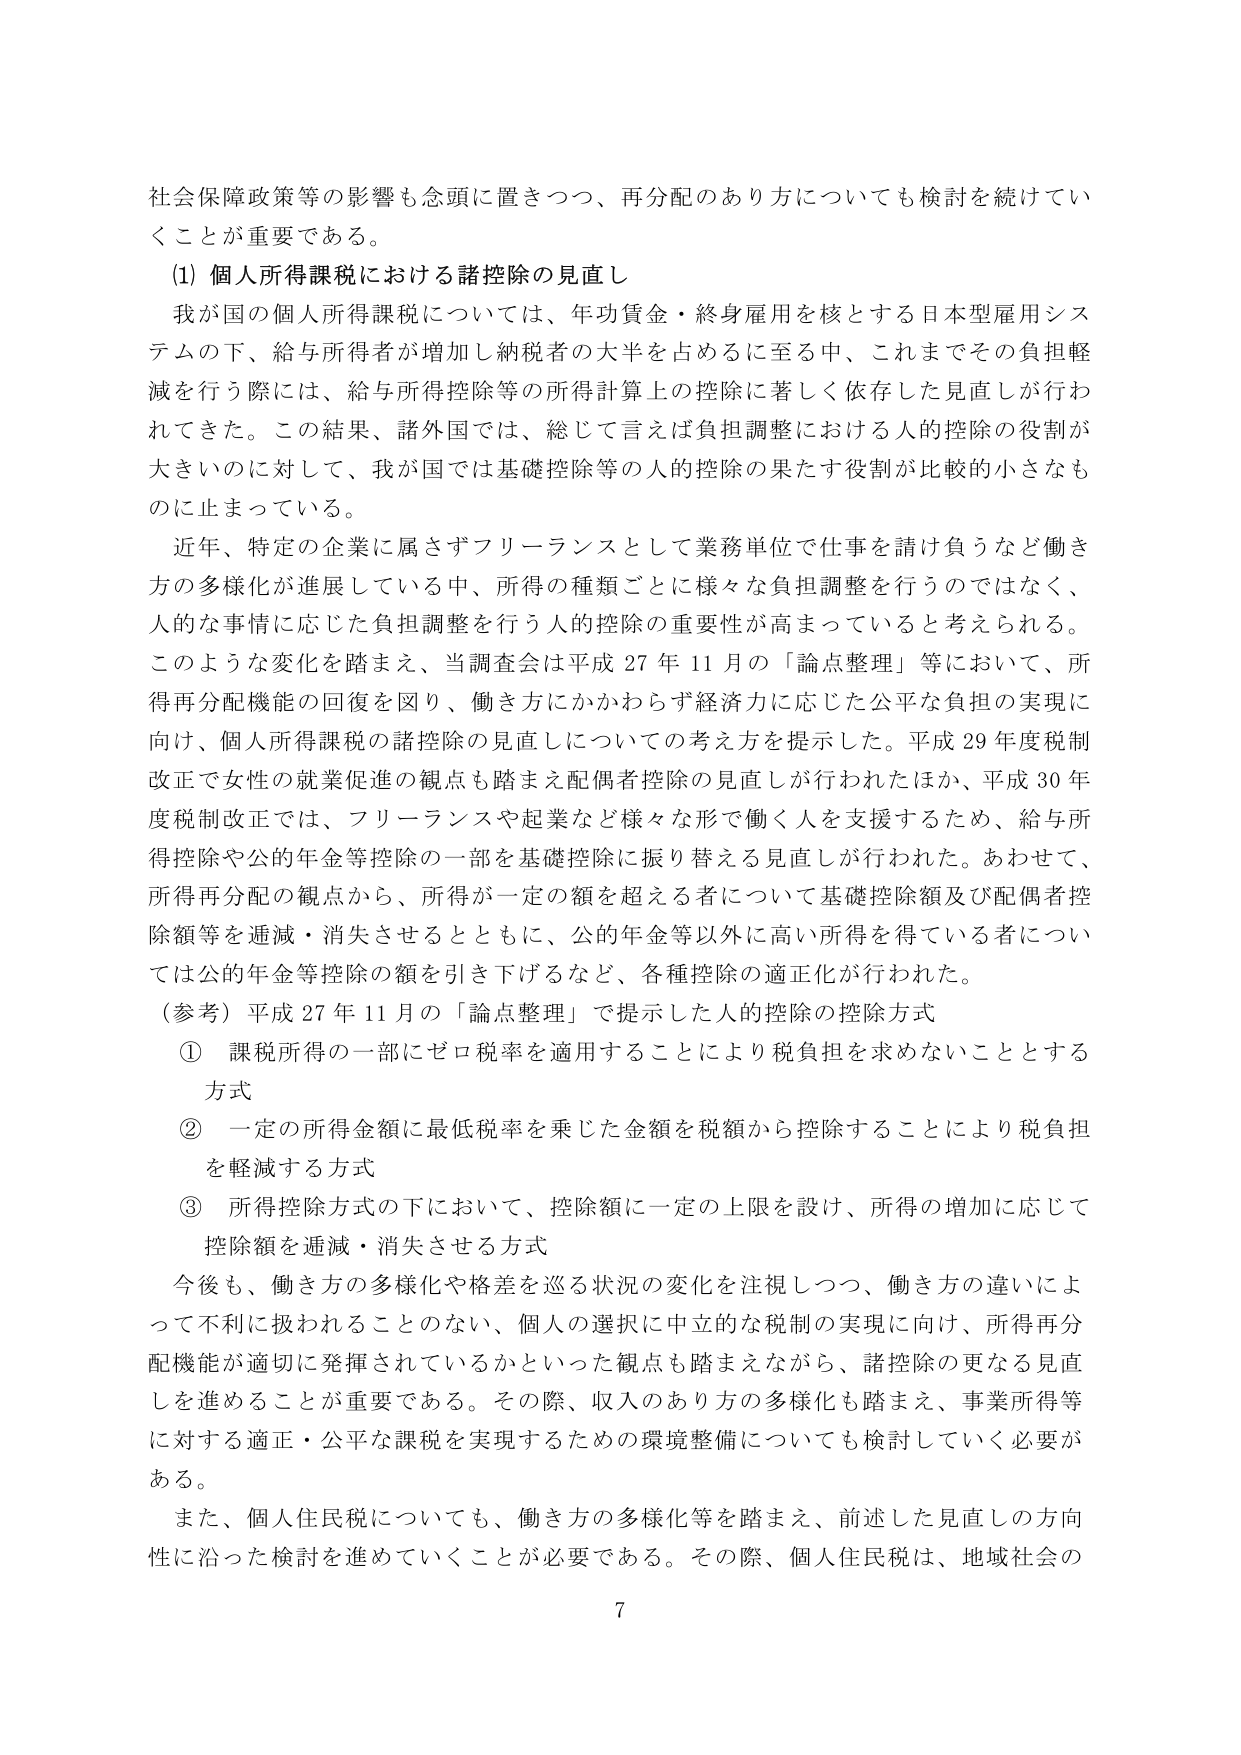
社会保障政策等の影響も念頭に置きつつ、再分配のあり方についても検討を続けていくことが重要である。

(1) 個人所得課税における諸控除の見直し

我が国の個人所得課税については、年功賃金・終身雇用を核とする日本型雇用システムの下、給与所得者が増加し納税者の大半を占めるに至る中、これまでその負担軽減を行う際には、給与所得控除等の所得計算上の控除に著しく依存した見直しが行われてきた。この結果、諸外国では、総じて言えば負担調整における人的控除の役割が大きいのに対して、我が国では基礎控除等の人的控除の果たす役割が比較的小なものに止まっている。

近年、特定の企業に属さずフリーランスとして業務単位で仕事を請け負うなど働き方の多様化が進展している中、所得の種類ごとに様々な負担調整を行うのではなく、人的な事情に応じた負担調整を行う人的控除の重要性が高まっていると考えられる。このような変化を踏まえ、当調査会は平成27年11月の「論点整理」等において、所得再分配機能の回復を図り、働き方にかかわらず経済力に応じた公平な負担の実現に向け、個人所得課税の諸控除の見直しについての考え方を提示した。平成29年度税制改正で女性の就業促進の観点も踏まえ配偶者控除の見直しが行われたほか、平成30年度税制改正では、フリーランスや起業など様々な形で働く人を支援するため、給与所得控除や公的年金等控除の一部を基礎控除に振り替える見直しが行われた。あわせて、所得再分配の観点から、所得が一定の額を超える者について基礎控除額及び配偶者控除額等を逓減・消失させるとともに、公的年金等以外に高い所得を得ている者については公的年金等控除の額を引き下げるなど、各種控除の適正化が行われた。

（参考）平成27年11月の「論点整理」で提示した人的控除の控除方式

① 課税所得の一部にゼロ税率を適用することにより税負担を求めないこととする方式

② 一定の所得金額に最低税率を乗じた金額を税額から控除することにより税負担を軽減する方式

③ 所得控除方式の下において、控除額に一定の上限を設け、所得の増加に応じて控除額を逓減・消失させる方式

今後も、働き方の多様化や格差を巡る状況の変化を注視しつつ、働き方の違いによって不利に扱われることのない、個人の選択に中立的な税制の実現に向け、所得再分配機能が適切に発揮されているかといった観点も踏まえながら、諸控除の更なる見直しを進めることが重要である。その際、収入のあり方の多様化も踏まえ、事業所得等に対する適正・公平な課税を実現するための環境整備についても検討していく必要がある。

また、個人住民税についても、働き方の多様化等を踏まえ、前述した見直しの方向性に沿った検討を進めていくことが必要である。その際、個人住民税は、地域社会の

7